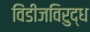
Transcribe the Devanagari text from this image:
विंडीजविरुद्ध